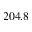
2 0 4 . 8